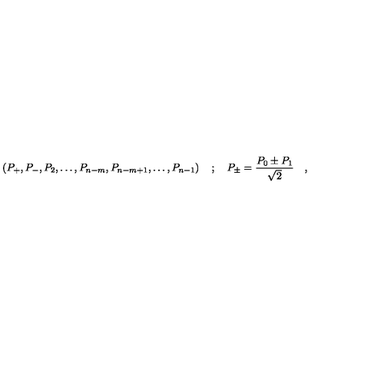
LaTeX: \left( P _ { + } , P _ { - } , P _ { 2 } , \ldots , P _ { n - m } , P _ { n - m + 1 } , \ldots , P _ { n - 1 } \right) \quad ; \quad P _ { \pm } = \frac { P _ { 0 } \pm P _ { 1 } } { \sqrt { 2 } } \quad ,